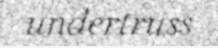
undertruss